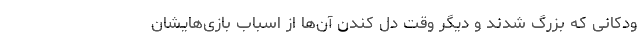
ودکانی که بزرگ شدند و دیگر وقت دل کندن آن‌ها از اسباب بازی‌هایشان